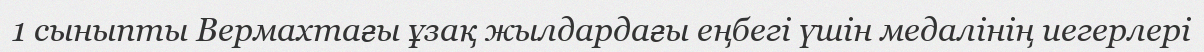
1 сыныпты Вермахтағы ұзақ жылдардағы еңбегі үшін медалінің иегерлері